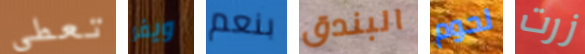
تعطى ويفر بنعم البندق لحوم زرت